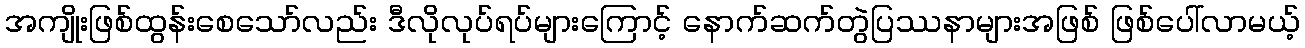
အကျိုးဖြစ်ထွန်းစေသော်လည်း ဒီလိုလုပ်ရပ်များကြောင့် နောက်ဆက်တွဲပြဿနာများအဖြစ် ဖြစ်ပေါ်လာမယ့်